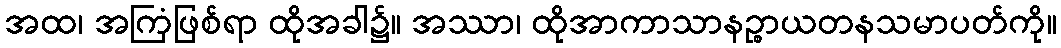
အထ၊ အကြံဖြစ်ရာ ထိုအခါ၌။ အဿာ၊ ထိုအာကာသာနဉ္စာယတနသမာပတ်ကို။